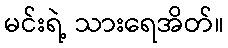
မင်းရဲ့ သားရေအိတ်။